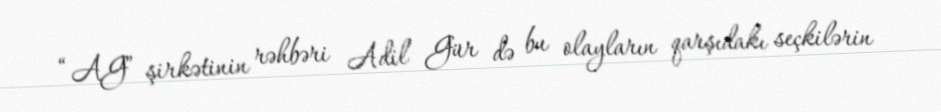
“AG” şirkətinin rəhbəri Adil Gür də bu olayların qarşıdakı seçkilərin